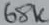
Text: 68K